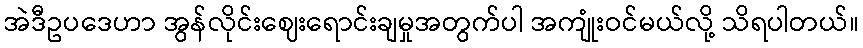
အဲဒီဥပဒေဟာ အွန်လိုင်းဈေးရောင်းချမှုအတွက်ပါ အကျုံးဝင်မယ်လို့ သိရပါတယ်။